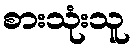
စားသုံးသူ